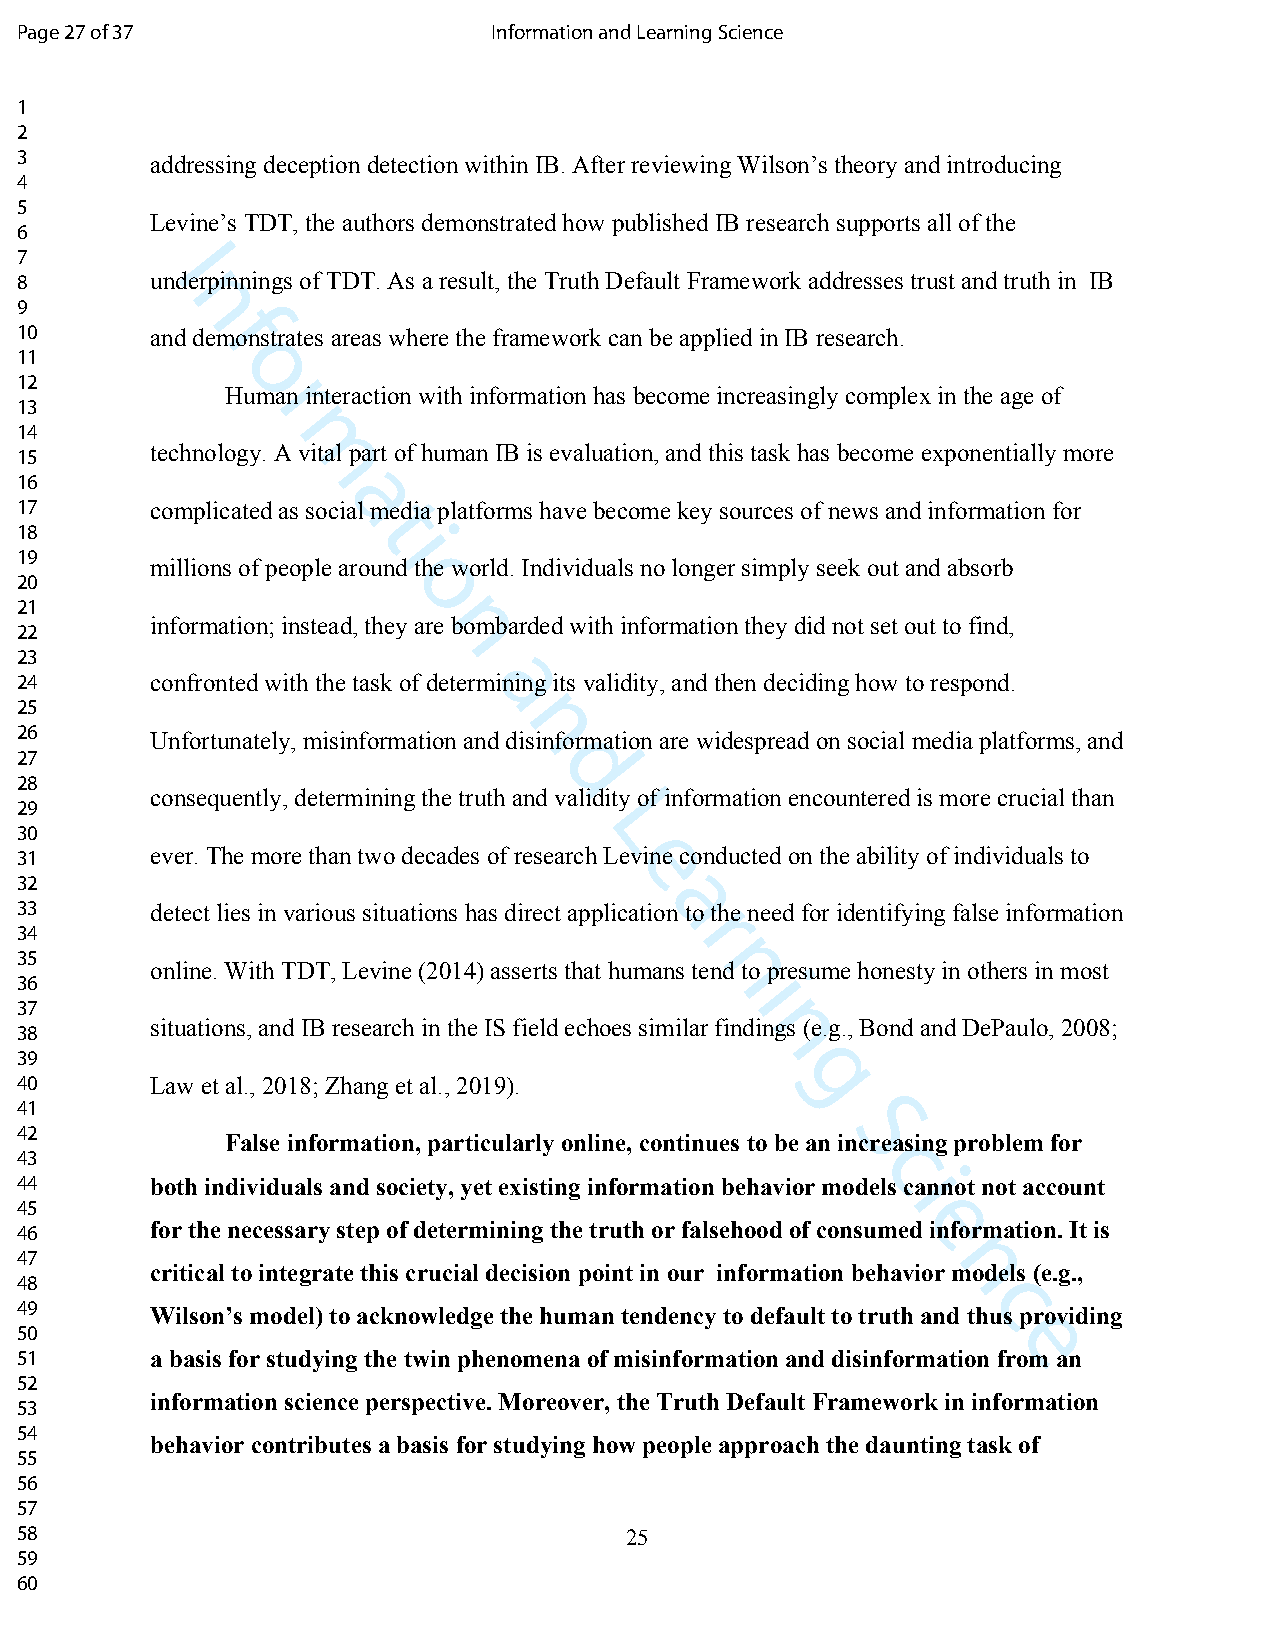
Page 27 of 37                   Information and Learning Science
 1
 2
 3        addressing deception detection within IB. After reviewing Wilson’s theory and introducing
 4
 5
 Levine’s TDT, the authors demonstrated how published IB research supports all of the
 6
 7        I
 8        underpinnings of TDT. As a result, the Truth Default Framework addresses trust and truth in IB
 n
 9
 f
 10       and demonstrates areas where the framework can be applied in IB research.
 11
 o
 12
 Humran interaction with information has become increasingly complex in the age of
 13
 14
 15
 technology. Am vital part of human IB is evaluation, and this task has become exponentially more
 16
 a
 17       complicated as social media platforms have become key sources of news and information for
 t
 18                      i
 19
 millions of people around the world. Individuals no longer simply seek out and absorb
 20                       o
 21
 information; instead, they arne bombarded with information they did not set out to find,
 22
 23
 24       confronted with the task of deteramining its validity, and then deciding how to respond.
 25
 n
 26       Unfortunately, misinformation and disinformation are widespread on social media platforms, and
 27
 d
 28
 consequently, determining the truth and validity of information encountered is more crucial than
 29
 L
 30
 31       ever. The more than two decades of research L eevine conducted on the ability of individuals to
 32
 a
 33       detect lies in various situations has direct application to the need for identifying false information
 r
 34
 35
 online. With TDT, Levine (2014) asserts that humans tennd to presume honesty in others in most
 36                                              i
 37
 38
 situations, and IB research in the IS field echoes similar findnings (e.g., Bond and DePaulo, 2008;
 39
 g
 40       Law et al., 2018; Zhang et al., 2019).
 41
 42                                                    S
 False information, particularly online, continues to be an increasing problem for
 43                                                      c
 44       both individuals and society, yet existing information behavior modelsi cannot not account
 45
 e
 46       for the necessary step of determining the truth or falsehood of consumed information. It is
 47                                                           n
 critical to integrate this crucial decision point in our information behavior models (e.g.,
 48
 c
 49       Wilson’s model) to acknowledge the human tendency to default to truth and thus providing
 50                                                               e
 51       a basis for studying the twin phenomena of misinformation and disinformation from an
 52
 information science perspective. Moreover, the Truth Default Framework in information
 53
 54
 behavior contributes a basis for studying how people approach the daunting task of
 55
 56
 57
 58                                      25
 59
 60